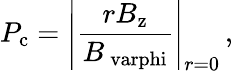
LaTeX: P_{\mathrm{c}}=\left|\frac{rB_{\mathrm{z}}}{B_{\mathrm{\ varphi}}}\right|_{r=0}\, ,